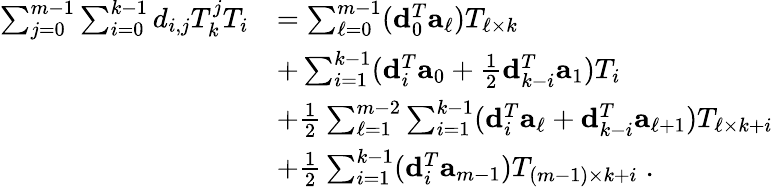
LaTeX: \begin{array}{rl}{\sum_{j=0}^{m-1}\sum_{i=0}^{k-1}d_{i,j}T_{k}^{j}T_{i}}&{=\sum_{\ell=0}^{m-1}({\mathbf d}_{0}^{T}{\mathbf a}_{\ell})T_{\ell\times k}}\\ &{+\sum_{i=1}^{k-1}({\mathbf d}_{i}^{T}{\mathbf a}_{0}+\frac{1}{2}{\mathbf d}_{k-i}^{T}{\mathbf a}_{1})T_{i}}\\ &{+\frac{1}{2}\sum_{\ell=1}^{m-2}\sum_{i=1}^{k-1}({\mathbf d}_{i}^{T}{\mathbf a}_{\ell}+{\mathbf d}_{k-i}^{T}{\mathbf a}_{\ell+1})T_{\ell\times k+i}}\\ &{+\frac{1}{2}\sum_{i=1}^{k-1}({\mathbf d}_{i}^{T}{\mathbf a}_{m-1})T_{(m-1)\times k+i}\; .}\end{array}